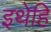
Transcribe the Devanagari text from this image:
इथेहि